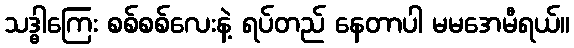
သဒ္ဓါကြေး စစ်စစ်လေးနဲ့ ရပ်တည် နေတာပါ မမအေမီရယ်။